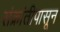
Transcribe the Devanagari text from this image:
संक्रांतीपासून